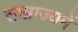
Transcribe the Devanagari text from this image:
साम्राज्यमें